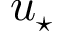
u _ { \star }